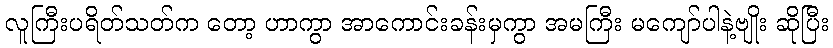
လူကြီးပရိတ်သတ်က တော့ ဟာကွာ အာကောင်းခန်းမှကွာ အမကြီး မကျော်ပါနဲ့ဗျိုး ဆိုပြီး